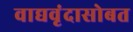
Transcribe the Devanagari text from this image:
वाद्यवृंदासोबत